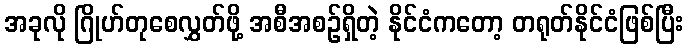
အခုလို ဂြိုဟ်တုစေလွှတ်ဖို့ အစီအစဉ်ရှိတဲ့ နိုင်ငံကတော့ တရုတ်နိုင်ငံဖြစ်ပြီး